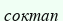
соқтап